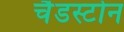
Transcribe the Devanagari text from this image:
चैडस्टोन